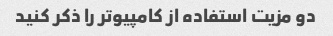
دو مزیت استفاده از کامپیوتر را ذکر کنید